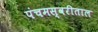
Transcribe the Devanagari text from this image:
पंचमस्वरीताल